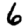
Digit: 6